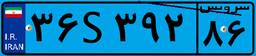
۳۱S۲۵۹۰۰